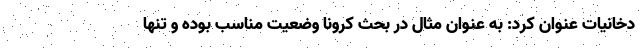
دخانیات عنوان کرد: به عنوان مثال در بحث کرونا وضعیت مناسب بوده و تنها